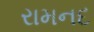
રામનદ